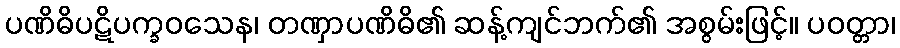
ပဏိဓိပဋိပက္ခဝသေန၊ တဏှာပဏိဓိ၏ ဆန့်ကျင်ဘက်၏ အစွမ်းဖြင့်။ ပဝတ္တာ၊